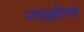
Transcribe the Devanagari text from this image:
न्यक्षेण